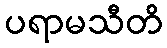
ပရာမသီတိ